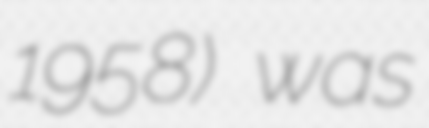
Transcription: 1958) was